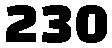
230